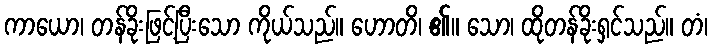
ကာယော၊ တန်ခိုးဖြင့်ပြီးသော ကိုယ်သည်။ ဟောတိ၊ ၏။ သော၊ ထိုတန်ခိုးရှင်သည်။ တံ၊